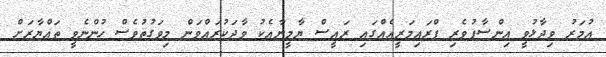
އުމަރު ވިދާޅުވީ އިންސާފުވެރި ޕްރައިމަރީއެއްގައި ރައީސް ޔާމީނާއެކު ވާދަކުރައްވަން މިވަގުތުވެސް ހުންނެވީ ތައްޔާރަށް